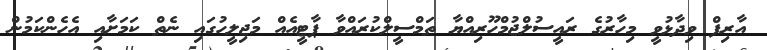
އާރިފް ވިދާޅުވީ މިހާރުގެ ރައީސުލްޖުމްހޫރިއްޔާ ތަމްސީލްކުރައްވާ ޕާޓީއެއް މަޖިލީހުގައި ނެތް ކަމަށާއި އެހެންކަމުން